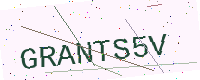
Text: GRANTS5V